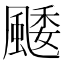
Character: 䬐